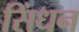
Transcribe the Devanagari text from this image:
सिंधन